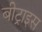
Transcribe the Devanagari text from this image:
बीट्राइस